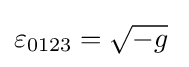
\varepsilon _{0123}={\sqrt {-g}}\;